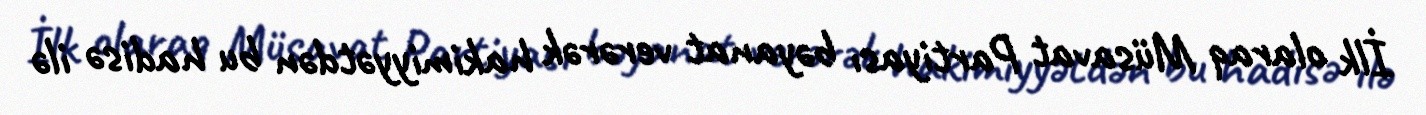
İlk olaraq Müsavat Partiyası bəyanat verərək hakimiyyətdən bu hadisə ilə